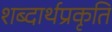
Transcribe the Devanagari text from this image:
शब्दार्थप्रकृति